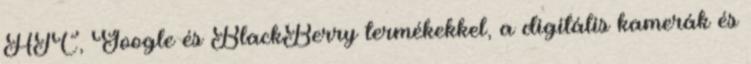
HTC, Google és BlackBerry termékekkel, a digitális kamerák és